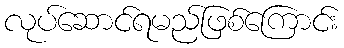
လုပ်ဆောင်ရမည်ဖြစ်ကြောင်း